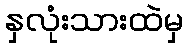
နှလုံးသားထဲမှ